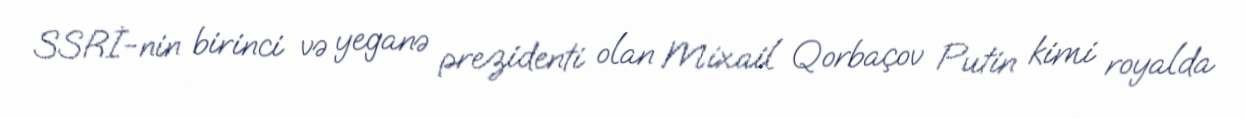
SSRİ-nin birinci və yeganə prezidenti olan Mixail Qorbaçov Putin kimi royalda